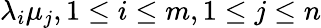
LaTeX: \lambda_{i}\mu_{j},1\le i\le m,1\le j\le n